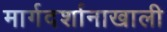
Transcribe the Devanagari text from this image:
मार्गदर्शानाखाली